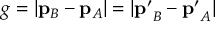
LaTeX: g = | \mathbf { p } _ { B } - \mathbf { p } _ { A } | = | \mathbf { p ^ { \prime } } _ { B } - \mathbf { p ^ { \prime } } _ { A } |